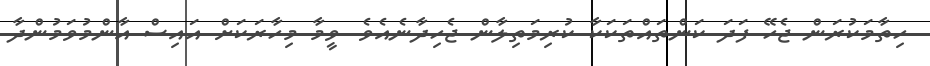
ހިތާމަކުރަން ޖެހޭ ފަދަ ކަންތައްތަކަކާ ކުރިމަތިލާން ޖެހިދާނެއެވެ. ވީމާ މިހާރަކަށް އައިސް އާންމުވަމުންދާ